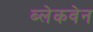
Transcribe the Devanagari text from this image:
ब्लेकवेन